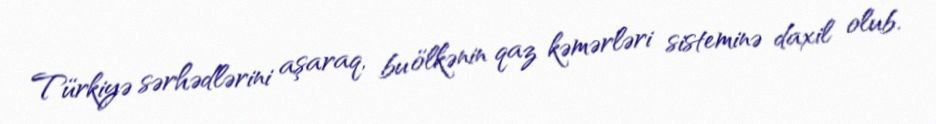
Türkiyə sərhədlərini aşaraq, bu ölkənin qaz kəmərləri sisteminə daxil olub.